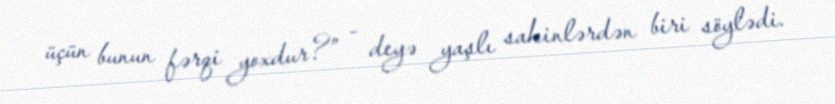
üçün bunun fərqi yoxdur?” - deyə yaşlı sakinlərdən biri söylədi.